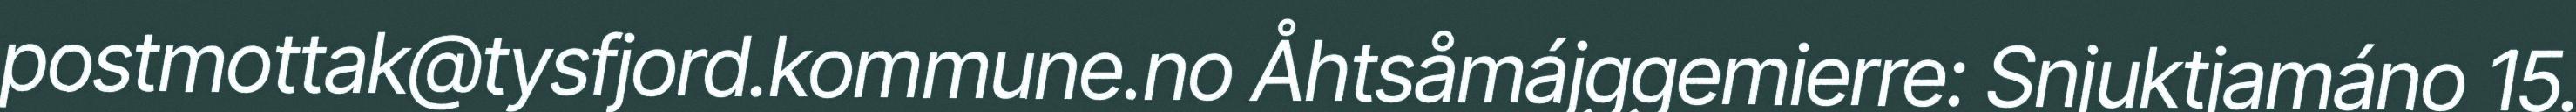
postmottak@tysfjord.kommune.no Åhtsåmájggemierre: Snjuktjamáno 15.